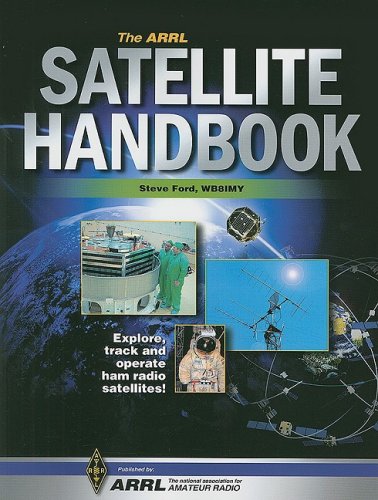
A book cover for The Arrl Satellite Handbook; ARRL Inc.; Crafts, Hobbies & Home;